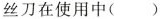
丝刀在使用中( )